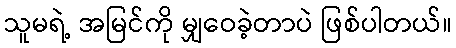
သူမရဲ့ အမြင်ကို မျှဝေခဲ့တာပဲ ဖြစ်ပါတယ်။